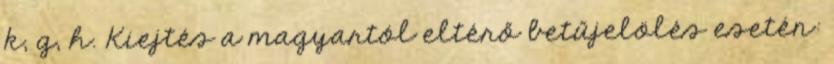
k, g, h. Kiejtés a magyartól eltérő betűjelölés esetén: